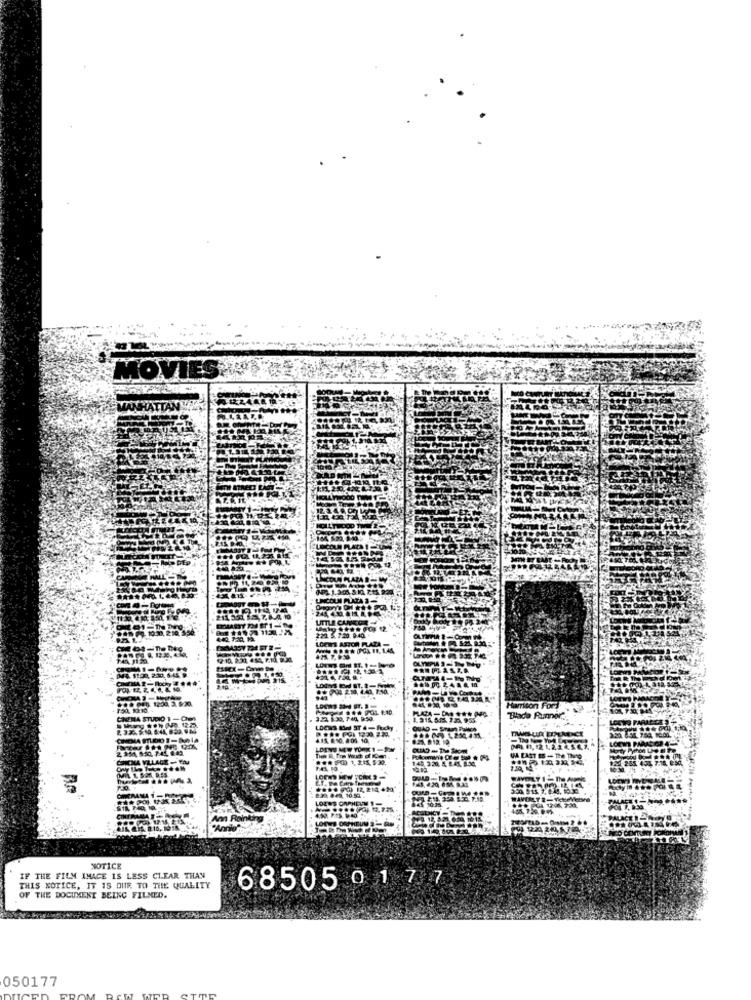
MOVIL
Harrison Ford
Blade Runner ,,
UA LAST BB - The TING
NOTICE
IF THE FILM IMAGE IS LESS CLEAR THAN
THIS NOTICE, IT IS DIR TO THE QUALITY
68505 0177
OF THE DOCUMENT BEING FILMED.
050177